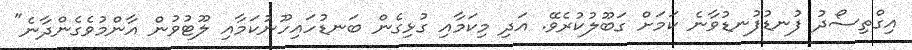
އިގްތިސޯދު ފުނޑުފުނޑުވާނެ ކަމަށް ގަބޫލުކުރެވޭ. އަދި މިކަމާއި ގުޅިގެން ބަނޑުހައިހޫނުކަމާއި ލޫޓުވުން އާންމުވެގެންދާނެ"